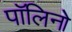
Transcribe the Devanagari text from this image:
पॉलिनो